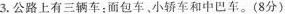
3.公路上有三辆车；面包车、小轿车和中巴车。(8分)